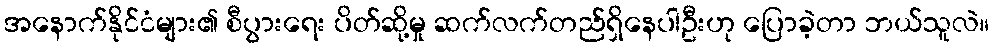
အနောက်နိုင်ငံများ၏ စီပွားရေး ပိတ်ဆို့မှု ဆက်လက်တည်ရှိနေပါဦးဟု ပြောခဲ့တာ ဘယ်သူလဲ။